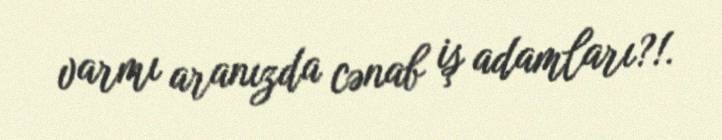
varmı aranızda cənab iş adamları?!.